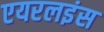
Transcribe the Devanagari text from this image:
एयरलइंस